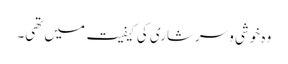
وہ خوشی و سرشاری کی کیفیت میں تھی۔